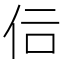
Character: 𠇙